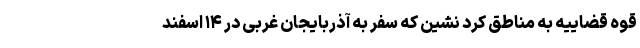
قوه قضاییه به مناطق کُرد نشین که سفر به آذربایجان غربی در ۱۴ اسفند